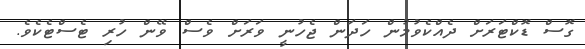
ގޮސް ޑޮކްޓަރަށް ދެއްކެވުމުން ހަދަން ޖެހުނީ ވަރަށް ވެސް ވޭން ހުރި ޓެސްޓެކެވެ.